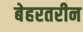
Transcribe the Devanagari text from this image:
बेहरतरीन